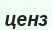
ценз